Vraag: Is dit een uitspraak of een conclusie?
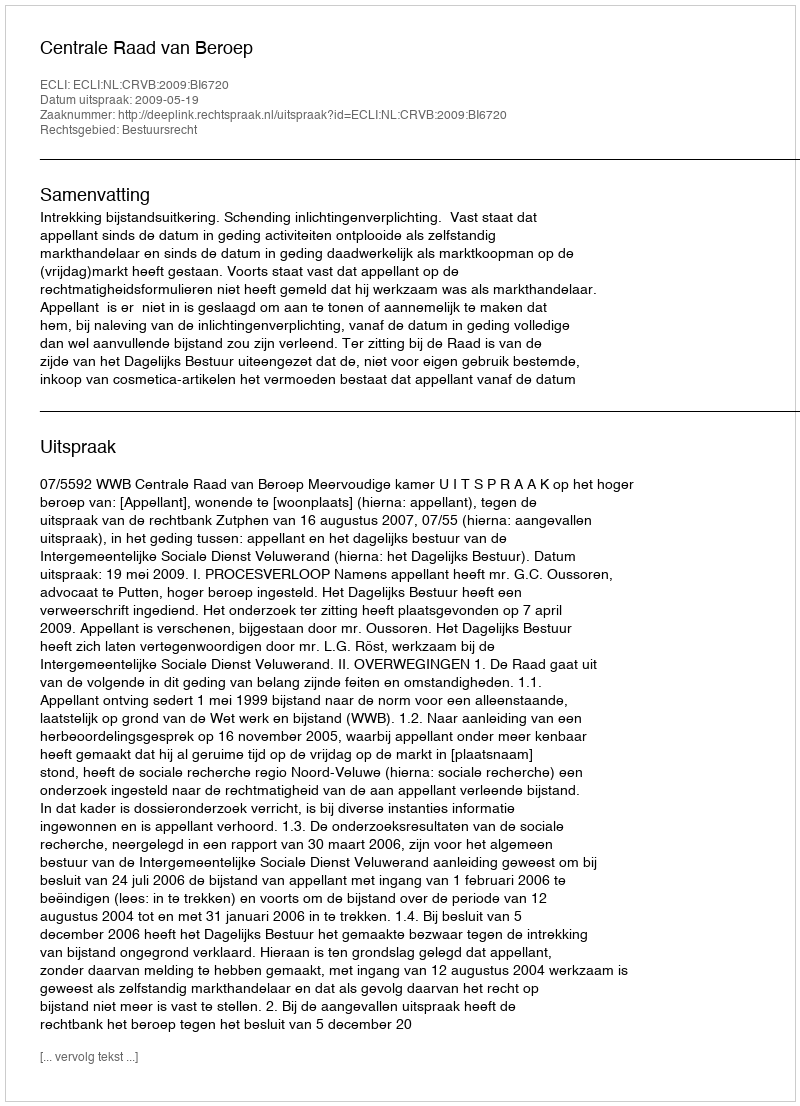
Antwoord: Uitspraak